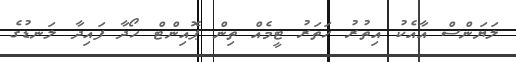
ލަޔަންސް އާއެކު އިތުރު ހަތަރު ޓީމެއް ތިން ޕޮއިންޓް ހޯދާ ފައިދާ ލަނޑުގެ